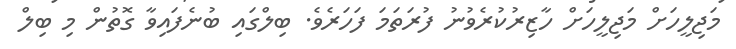
މަޖިލީހަށް މަޖިލީހަށް ހާޒިރުކުރެވުނު ފުރަތަމަ ފަހަރެވެ. ބިލްގައި ބުނެފައިވާ ގޮތުން މި ބިލް